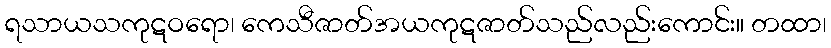
ရသာယသကုဋဝရော၊ ကေသီဇာတ်အယကုဋဇာတ်သည်လည်းကောင်း။ တထာ၊